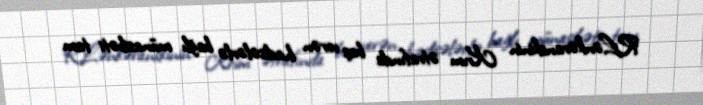
R.Lənkəranskinin Krım ətrafında baş verən hadisələrlə bağlı münasibəti tam